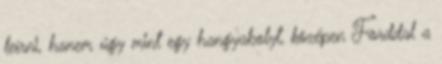
leírni, hanem úgy mint egy hangyabolyt, középen Forddal a